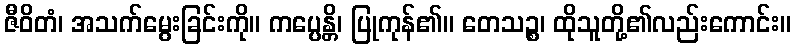
ဇီဝိတံ၊ အသက်မွေးခြင်းကို။ ကပ္ပေန္တိ၊ ပြုကုန်၏။ တေသဉ္စ၊ ထိုသူတို့၏လည်းကောင်း။